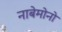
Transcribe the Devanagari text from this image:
नाबेमोनो